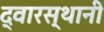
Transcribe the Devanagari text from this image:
द्वारस्थानी